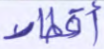
أقطار